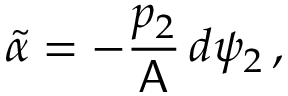
\widetilde { \alpha } = - \frac { p _ { 2 } } { \mathsf { A } } \, d \psi _ { 2 } \, ,